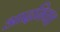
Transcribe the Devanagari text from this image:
आदमियत